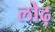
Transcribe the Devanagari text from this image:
लोढ़